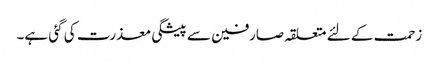
زحمت کے لئے متعلقہ صارفین سے پیشگی معذرت کی گئی ہے۔